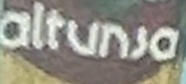
altunsa